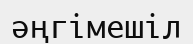
әңгімешіл